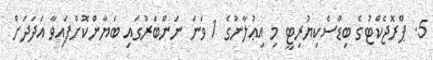
5. ޕްރޮޖެކްޓުގެ ބިޑްސެކިޔުރިޓީ މި އިޢުލާނުގެ 1 ވަނަ ނަންބަރުގައި ބަޔާންކޮށްފައިވާ އަދަދަށް